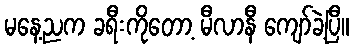
မနေ့ညက ခရီးကိုတော့ မီလာနီ ကျော်ခဲ့ပြီ။